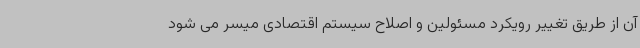
آن از طریق تغییر رویکرد مسئولین و اصلاح سیستم اقتصادی میسر می شود